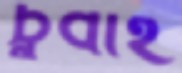
চুবাই